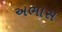
અભાસ